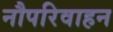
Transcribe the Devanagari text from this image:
नौपरिवाहन